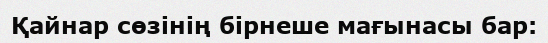
Қайнар сөзінің бірнеше мағынасы бар: